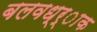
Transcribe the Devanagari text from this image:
बलवध्र्ाक